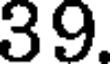
39.